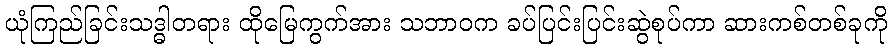
ယုံကြည်ခြင်းသဒ္ဓါတရား ထိုမြေကွက်အား သဘာဝက ခပ်ပြင်းပြင်းဆွဲစုပ်ကာ ဆားကစ်တစ်ခုကို